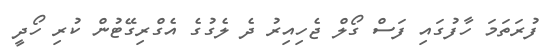
ފުރަތަމަ ހާފުގައި ފަސް ގޯލް ޖެހިއިރު ދެ ލެގުގެ އެގްރިގޭޓުން ކުރި ހޯދީ